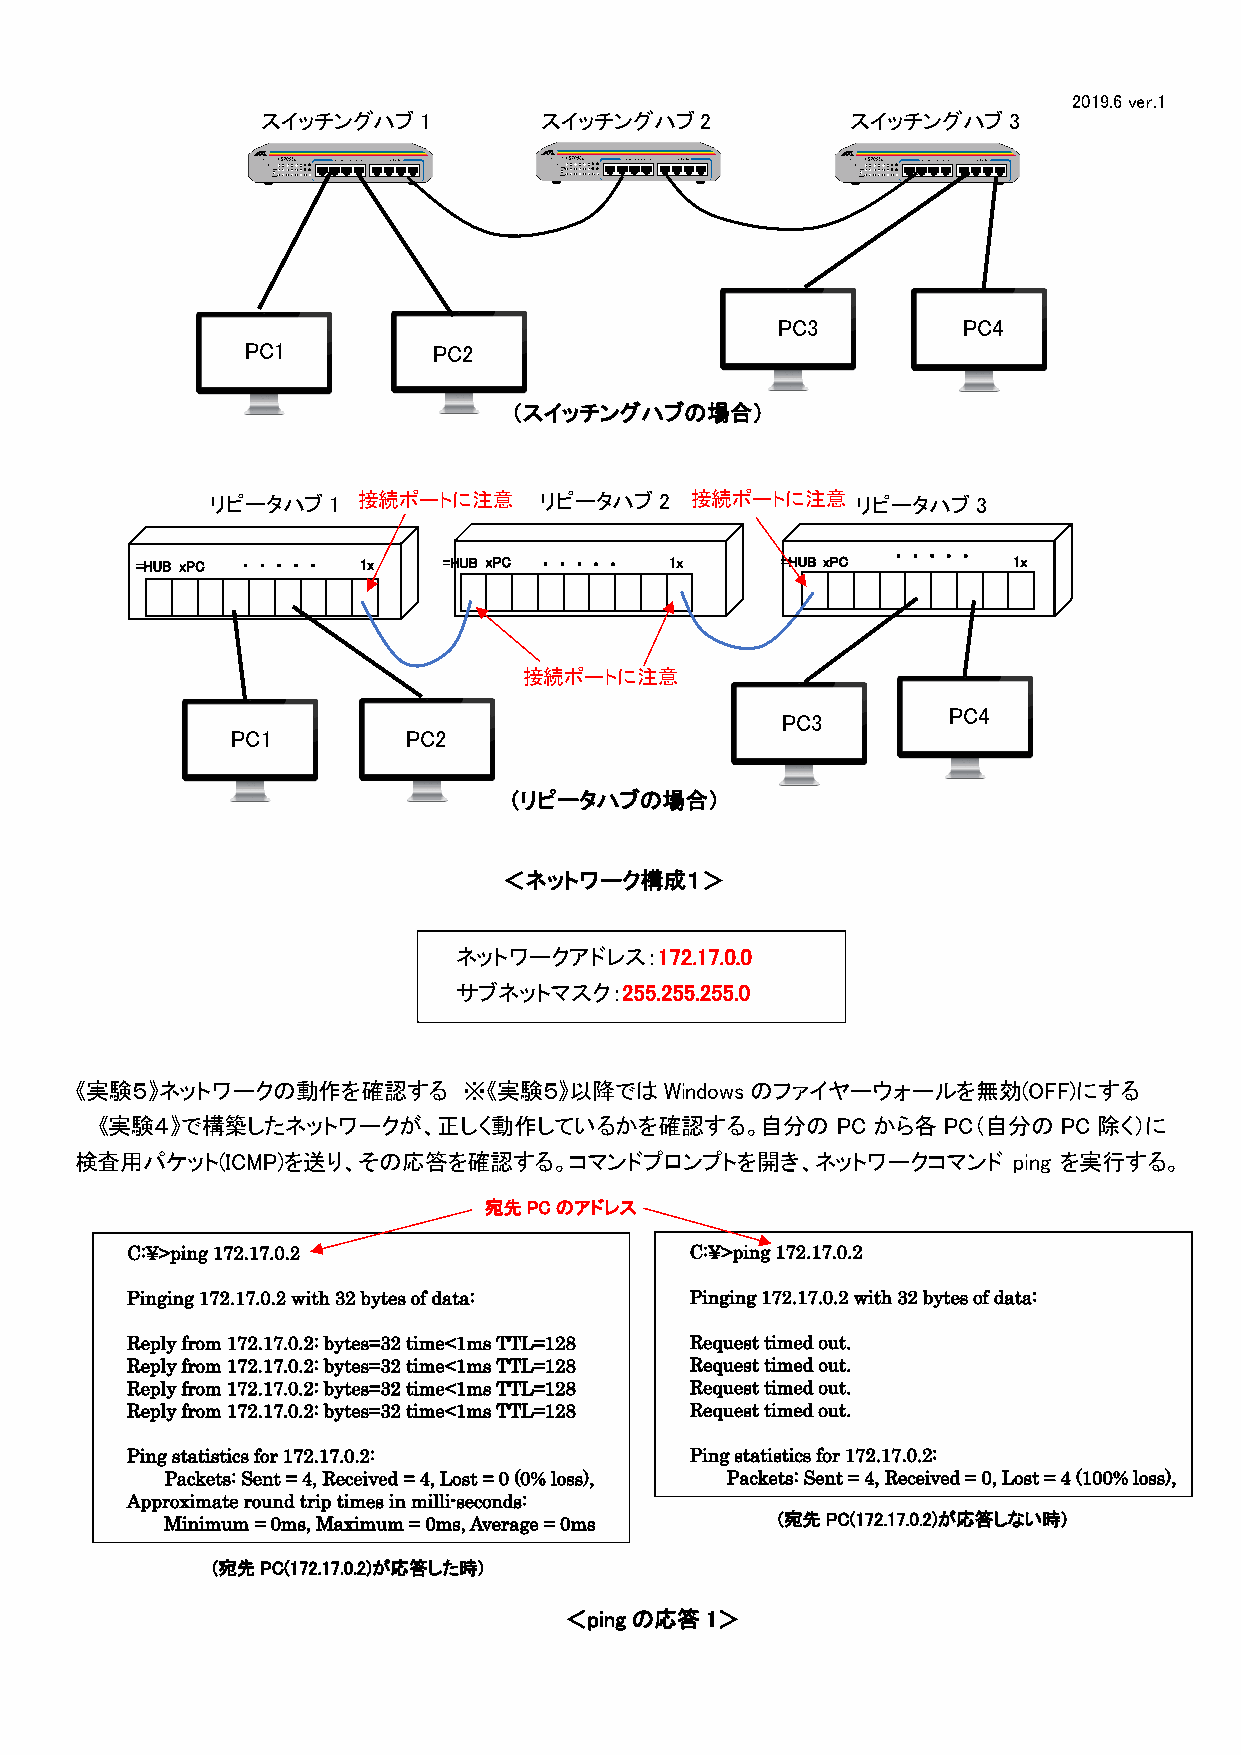
2019.6 ver.1
 スイッチングハブ1          スイッチングハブ2           スイッチングハブ3
 PC3          PC4
 PC1          PC2
 （スイッチングハブの場合）
 リピータハブ1   接続ポートに注意    リピータハブ2   接続ポートに注意   リピータハブ3
 =HUB xPC ・ ・ ・ ・ ・ 1x =HUB xPC ・ ・ ・ ・ ・ 1x =HUB xPC ・ ・ ・ ・ ・ 1x
 接続ポートに注意
 PC4
 PC3
 PC1         PC2
 （リピータハブの場合）
 ＜ネットワーク構成１＞
 ネットワークアドレス：172.17.0.0
 サブネットマスク：255.255.255.0
 《実験５》ネットワークの動作を確認する       ※《実験５》以降ではWindowsのファイヤーウォールを無効(OFF)にする
 《実験４》で構築したネットワークが、正しく動作しているかを確認する。自分の            PC から各 PC（自分の  PC 除く）に
 検査用パケット(ICMP)を送り、その応答を確認する。コマンドプロンプトを開き、ネットワークコマンド            ping を実行する。
 宛先PCのアドレス
 C:¥>ping 172.17.0.2                   C:¥>ping 172.17.0.2
 Pinging 172.17.0.2 with 32 bytes of data: Pinging 172.17.0.2 with 32 bytes of data:
 Reply from 172.17.0.2: bytes=32 time<1ms TTL=128 Request timed out.
 Reply from 172.17.0.2: bytes=32 time<1ms TTL=128 Request timed out.
 Reply from 172.17.0.2: bytes=32 time<1ms TTL=128 Request timed out.
 Reply from 172.17.0.2: bytes=32 time<1ms TTL=128 Request timed out.
 Ping statistics for 172.17.0.2:       Ping statistics for 172.17.0.2:
 Packets: Sent = 4, Received = 4, Lost = 0 (0% loss), Packets: Sent = 4, Received = 0, Lost = 4 (100% loss),
 Approximate round trip times in milli-seconds:
 Minimum = 0ms, Maximum = 0ms, Average = 0ms (宛先PC(172.17.0.2)が応答しない時)
 (宛先PC(172.17.0.2)が応答した時)
 ＜pingの応答1＞